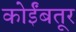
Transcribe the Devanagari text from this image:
कोईंबतूर